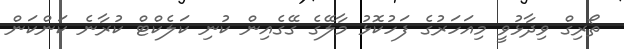
ތޯރިގް ވިދާޅުވީ މިއަހަރުގެ ފަހުކޮޅު މާލޭގެ ގޭގެއިން ކުނި ކަލެކްޓް ކުރާނެ ކަންކަން